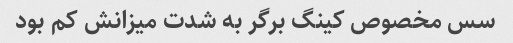
سس مخصوص کینگ برگر به شدت میزانش کم بود